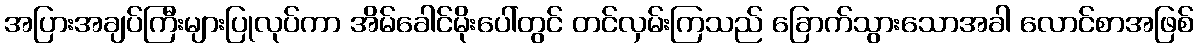
အပြားအချပ်ကြီးများပြုလုပ်ကာ အိမ်ခေါင်မိုးပေါ်တွင် တင်လှမ်းကြသည် ခြောက်သွားသောအခါ လောင်စာအဖြစ်